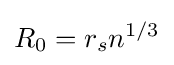
R_{0}=r_{s}n^{1/3}